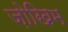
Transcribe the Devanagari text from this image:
ज़ोखिम